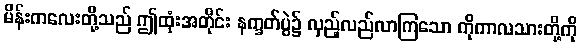
မိန်းကလေးတို့သည် ဤထုံးအတိုင်း နက္ခတ်ပွဲ၌ လှည့်လည်လာကြသော ကိုကာလသားတို့ကို